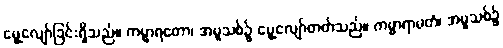
မွေ့လျော်ခြင်းရှိသည်။ ကမ္မာရတော၊ အမူသစ်၌ မွေ့လျော်တတ်သည်။ ကမ္မာရာမတံ၊ အမူသစ်၌